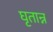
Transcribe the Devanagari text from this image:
घृतान्न